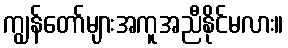
ကျွန်တော်များအကူအညီနိုင်မလား။